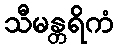
သီမန္တရိကံ